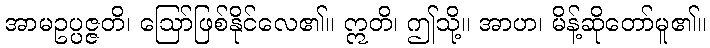
အာမဥပ္ပဇ္ဇတိ၊ ဩော်ဖြစ်နိုင်လေ၏။ ဣတိ၊ ဤသို့။ အာဟ၊ မိန့်ဆိုတော်မူ၏။